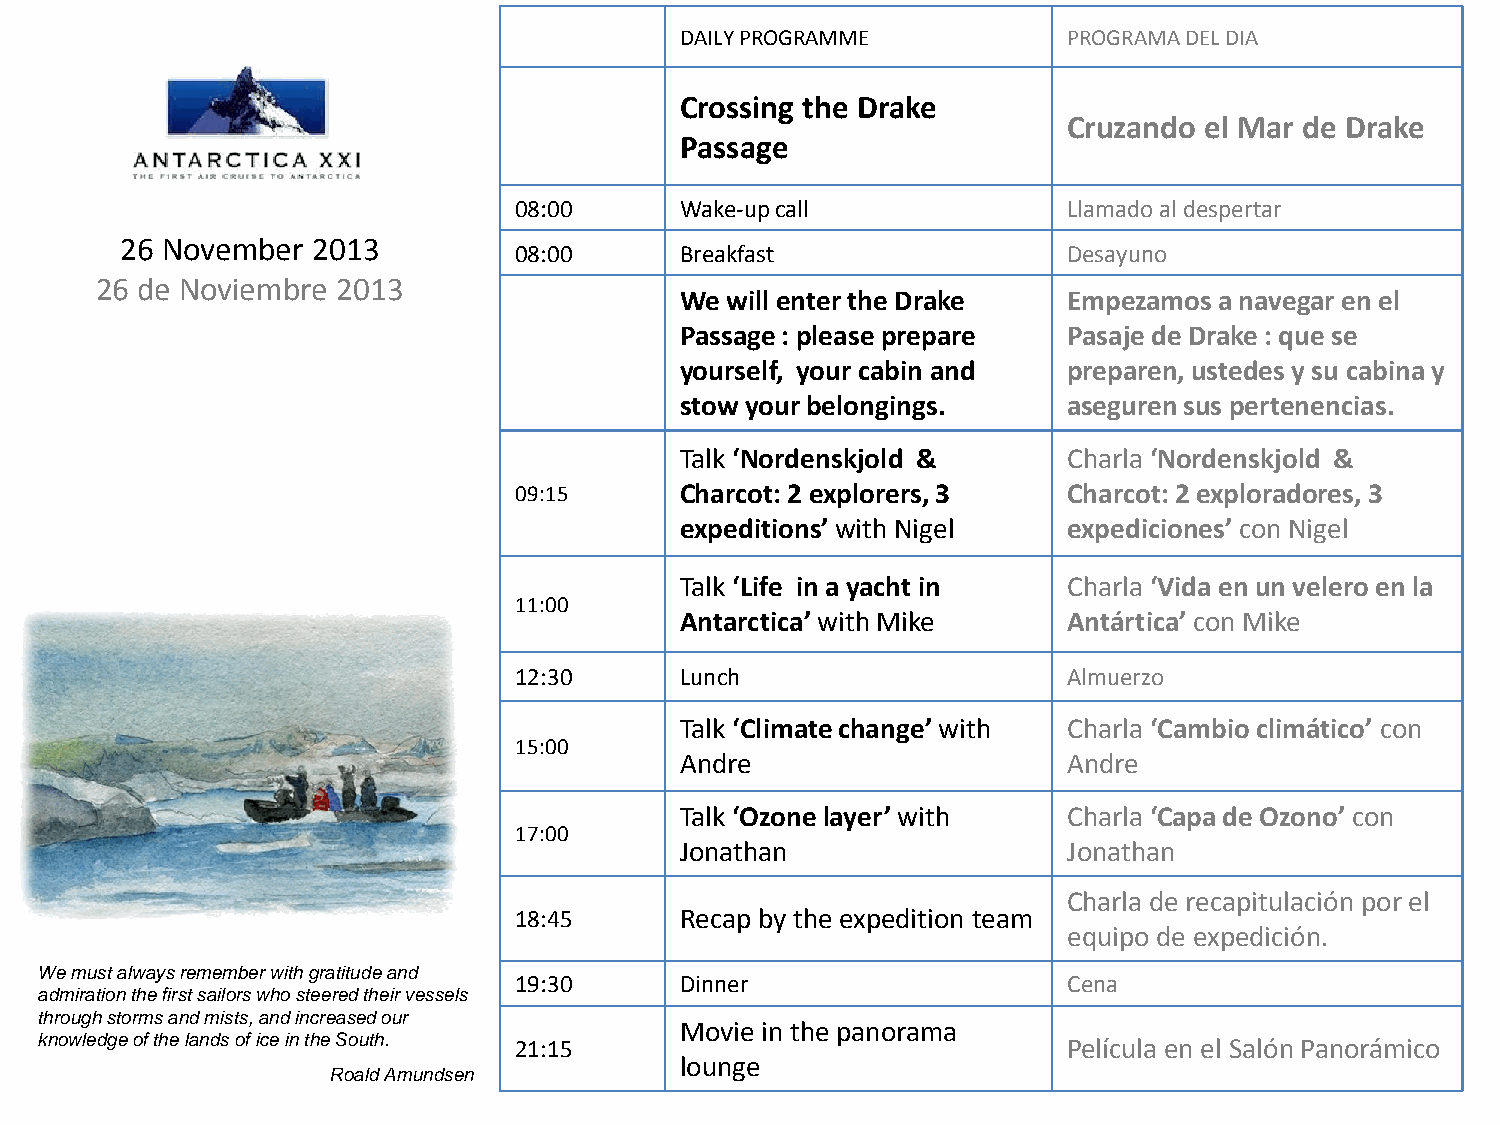
DAILY PROGRAMME           PROGRAMA DEL DIA
 Crossing the Drake
 Cruzando el Mar de Drake
 Passage
 08:00      Wake-up call              Llamado al despertar
 26 November  2013
 08:00      Breakfast                 Desayuno
 26 de Noviembre 2013
 We will enter the Drake   Empezamos a navegar en el
 Passage : please prepare  Pasaje de Drake : que se
 yourself, your cabin and  preparen, ustedes y su cabina y
 stow your belongings.     aseguren sus pertenencias.
 Talk ‘Nordenskjold &      Charla ‘Nordenskjold &
 09:15      Charcot: 2 explorers, 3   Charcot: 2 exploradores, 3
 expeditions’ with Nigel   expediciones’ con Nigel
 Talk ‘Life in a yacht in  Charla ‘Vida en un velero en la
 11:00
 Antarctica’ with Mike     Antártica’ con Mike
 12:30      Lunch                     Almuerzo
 Talk ‘Climate change’ with Charla ‘Cambio climático’ con
 15:00
 Andre                     Andre
 Talk ‘Ozone layer’ with   Charla ‘Capa de Ozono’ con
 17:00
 Jonathan                  Jonathan
 Charla de recapitulación por el
 18:45      Recap by the expedition team
 equipo de expedición.
 We must always remember with gratitude and
 19:30      Dinner                    Cena
 admiration the first sailors who steered their vessels
 through storms and mists, and increased our
 Movie in the panorama
 knowledge of the lands of ice in the South. 21:15                    Película en el Salón Panorámico
 lounge
 Roald Amundsen